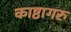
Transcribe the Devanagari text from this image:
काष्ठागरु